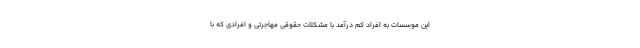
این موسسات به افراد کم درآمد با مشکلات حقوقی مهاجرتی و افرادی که با